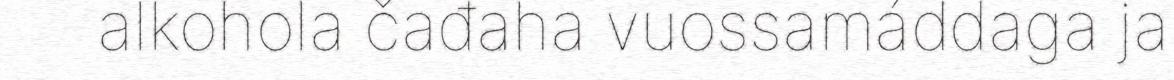
alkohola čađaha vuossamáddaga ja